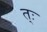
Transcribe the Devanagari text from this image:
त्ः